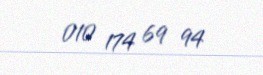
010 174 69 94